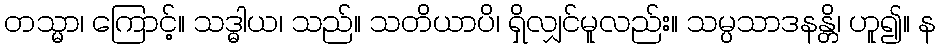
တသ္မာ၊ ကြောင့်။ သဒ္ဓါယ၊ သည်။ သတိယာပိ၊ ရှိလျှင်မူလည်း။ သမ္ပသာဒနန္တိ၊ ဟူ၍။ န